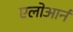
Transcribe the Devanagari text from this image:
एलोआर्न